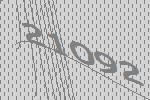
21092